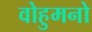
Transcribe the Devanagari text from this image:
वोहुमनो